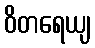
ဝိတရေယျ